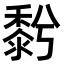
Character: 𪏱